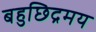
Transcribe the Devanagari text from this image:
बहुछिद्रमय